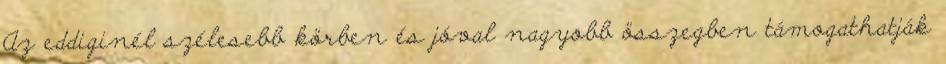
Az eddiginél szélesebb körben és jóval nagyobb összegben támogathatják